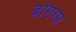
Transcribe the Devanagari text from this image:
बोगग्स